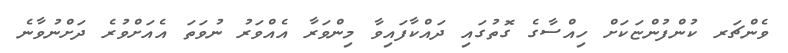
ވެންޗަރ ކުންފުންޏަކަށް ހިއްސާގެ ގޮތުގައި ދައްކާފައިވާ މިންވަރާ އެއްވަރު ނުވަތަ އެއަށްވުރެ ދަށްނުވާނެ